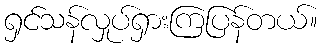
ရှင်သန်လှုပ်ရှားကြပြန်တယ်။